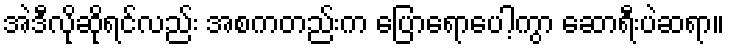
အဲဒီလိုဆိုရင်လည်း အစကတည်းက ပြောရောပေါ့ကွာ ဆောရီးပဲဆရာ။